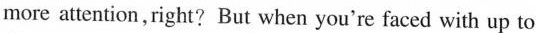
more attention,right? But when you're faced with up to